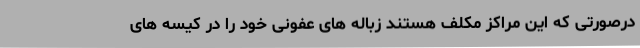
درصورتی که این مراکز مکلف هستند زباله های عفونی خود را در کیسه های